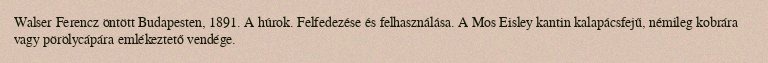
Walser Ferencz öntött Budapesten, 1891. A húrok. Felfedezése és felhasználása. A Mos Eisley kantin kalapácsfejű, némileg kobrára vagy pörölycápára emlékeztető vendége.